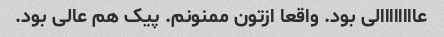
عاااااااالی بود. واقعا ازتون ممنونم. پیک هم عالی بود.